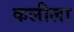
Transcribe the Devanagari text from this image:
कलीला